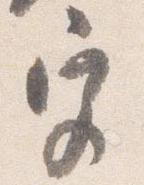
宮